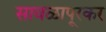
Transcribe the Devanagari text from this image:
सावळापूरकर